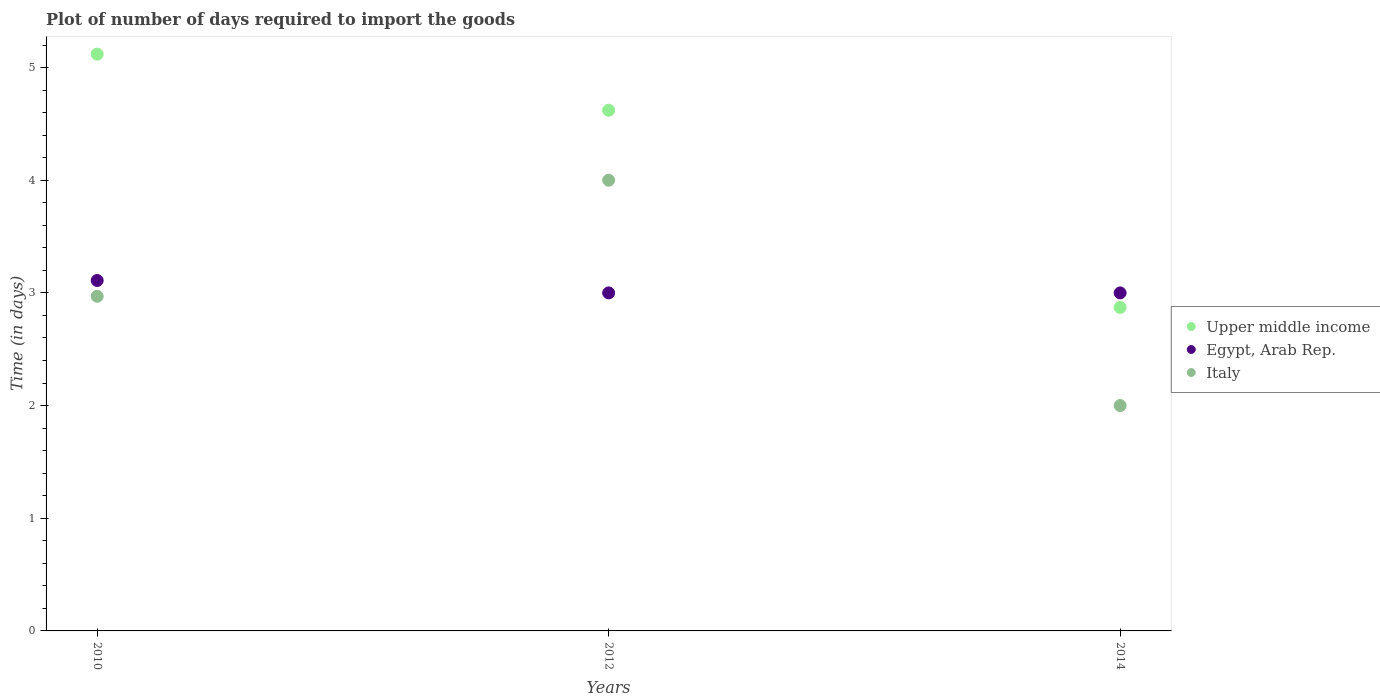
| Years | Upper middle income | Egypt, Arab Rep. | Italy |
 | --- | --- | --- | --- |
 | 2010 | 5.12 | 3.11 | 2.97 |
 | 2012 | 4.62 | 3 | 4 |
 | 2014 | 2.87 | 3 | 2 |